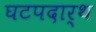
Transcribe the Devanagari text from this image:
घटपदार्थ